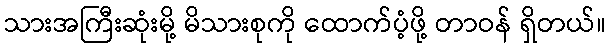
သားအကြီးဆုံးမို့ မိသားစုကို ထောက်ပံ့ဖို့ တာဝန် ရှိတယ်။